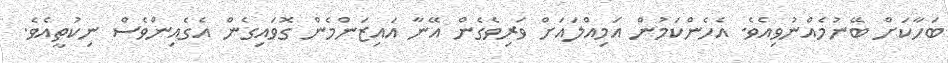
ބަހާކަށް ބޭނުމެއްނުވިއެވެ. އެހެންކަމުން އަމިއްލައަށް ވަރިވެގެން އޭނާ އައިޒަންމެން ގޮވައިގެން އެގެއިންވެސް ނިކުތީއެވެ.